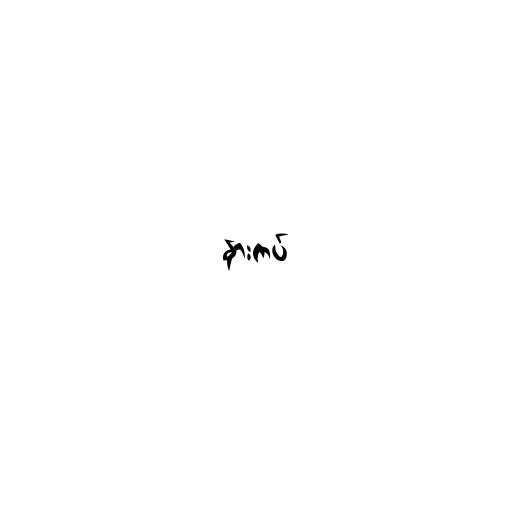
နားကပ်